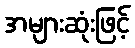
အများဆုံးဖြင့်